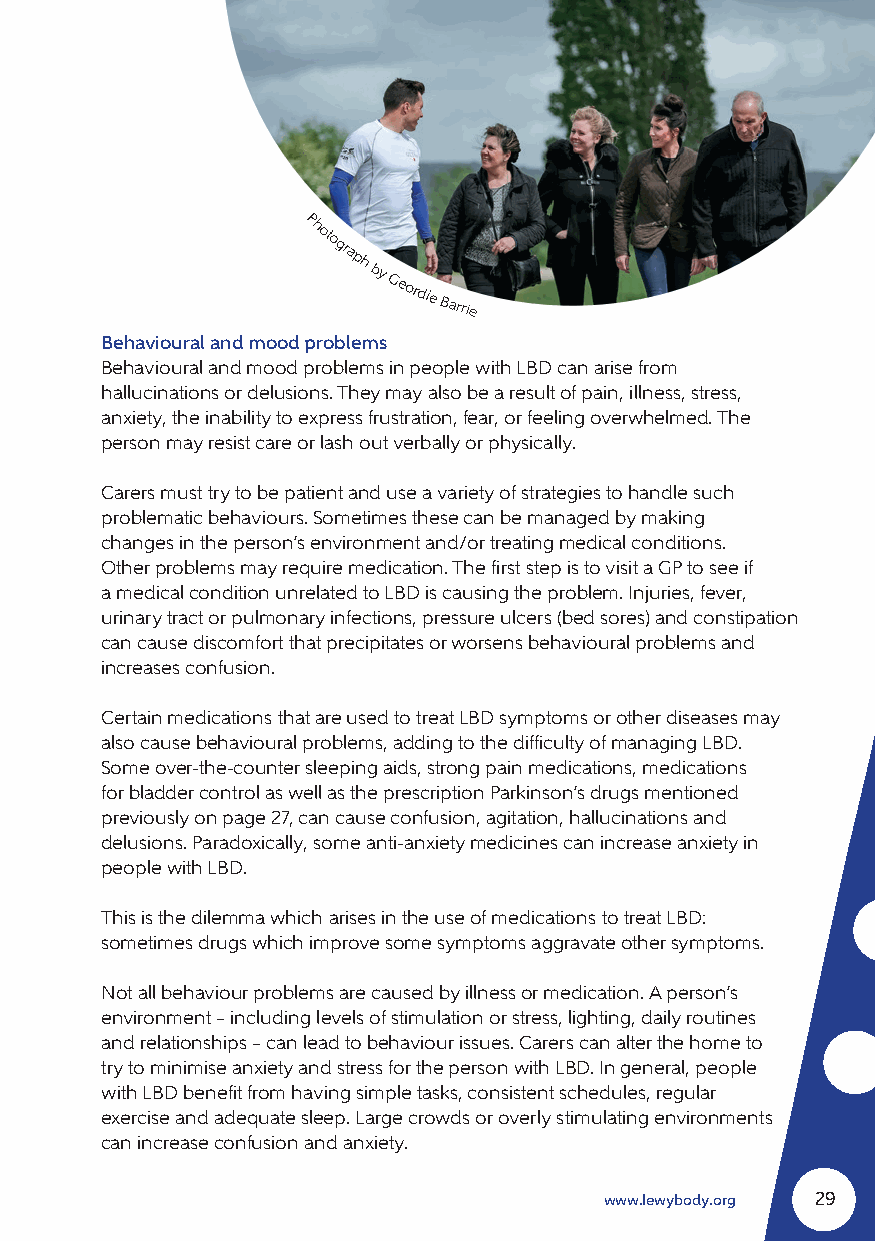
Photograph
 by
 Geordie
 Barrie
 Behavioural and mood problems
 Behavioural and mood problems in people with LBD can arise from
 hallucinations or delusions. They may also be a result of pain, illness, stress,
 anxiety, the inability to express frustration, fear, or feeling overwhelmed. The
 person may resist care or lash out verbally or physically.
 Carers must try to be patient and use a variety of strategies to handle such
 problematic behaviours. Sometimes these can be managed by making
 changes in the person’s environment and/or treating medical conditions.
 Other problems may require medication. The first step is to visit a GP to see if
 a medical condition unrelated to LBD is causing the problem. Injuries, fever,
 urinary tract or pulmonary infections, pressure ulcers (bed sores) and constipation
 can cause discomfort that precipitates or worsens behavioural problems and
 increases confusion.
 Certain medications that are used to treat LBD symptoms or other diseases may
 also cause behavioural problems, adding to the difficulty of managing LBD.
 Some over-the-counter sleeping aids, strong pain medications, medications
 for bladder control as well as the prescription Parkinson’s drugs mentioned
 previously on page 27, can cause confusion, agitation, hallucinations and
 delusions. Paradoxically, some anti-anxiety medicines can increase anxiety in
 people with LBD.
 This is the dilemma which arises in the use of medications to treat LBD:
 sometimes drugs which improve some symptoms aggravate other symptoms.
 Not all behaviour problems are caused by illness or medication. A person’s
 environment – including levels of stimulation or stress, lighting, daily routines
 and relationships – can lead to behaviour issues. Carers can alter the home to
 try to minimise anxiety and stress for the person with LBD. In general, people
 with LBD benefit from having simple tasks, consistent schedules, regular
 exercise and adequate sleep. Large crowds or overly stimulating environments
 can increase confusion and anxiety.
 www.lewybody.org 29